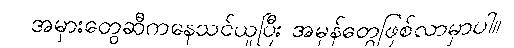
အမှားတွေဆီကနေသင်ယူပြီး အမှန်တွေဖြစ်လာမှာပါ။